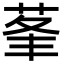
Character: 莑